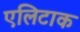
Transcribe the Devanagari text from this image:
एलिटाक